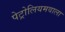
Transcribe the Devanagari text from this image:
पेट्रोलियमवाला